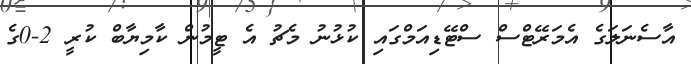
އާސެނަލަގެ އެމަރޭޓްސް ސްޓޭޑިއަމްގައި ކުޅުނު މެޗު އެ ޓީމުން ކާމިޔާބް ކުރީ 2-0ގެ